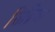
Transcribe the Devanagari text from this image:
सिद्वियां